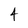
Character: 4